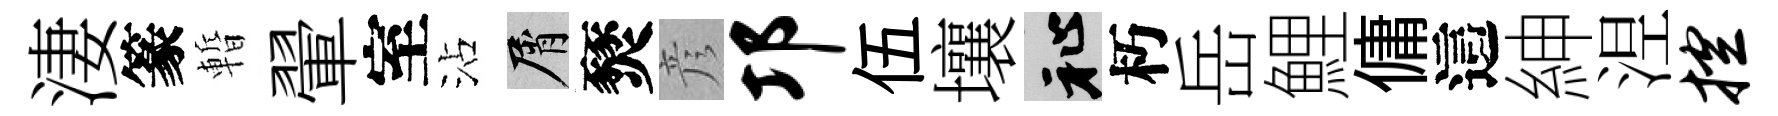
淒篆暫翬室沾屑燹彦邛伍壤祉朽岳鯉傭這紳𣵀控